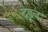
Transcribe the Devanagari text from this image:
देडून